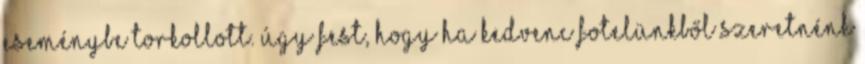
eseménybe torkollott. Úgy fest, hogy ha kedvenc fotelünkből szeretnénk